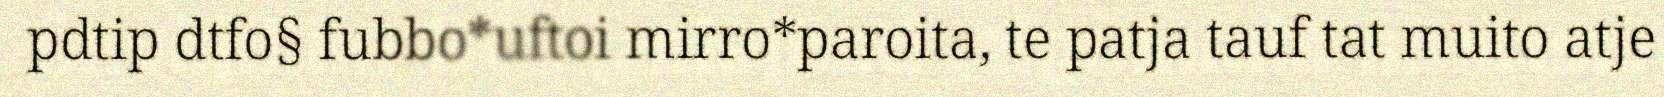
pdtip dtfo§ fubbo*uftoi mirro*paroita, te patja tauf tat muito atje